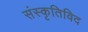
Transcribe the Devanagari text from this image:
संस्कृतिविद